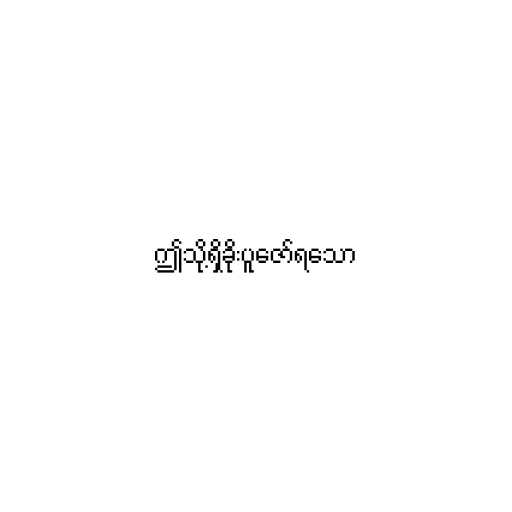
ဤသို့ရှိခိုးပူဇော်ရသော